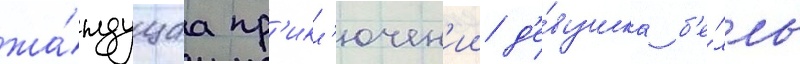
жа́ждущаа пр'икл'ючен'ии д'е́вушка б'е́лль